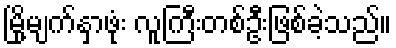
မြို့မျက်နှာဖုံး လူကြီးတစ်ဦးဖြစ်ခဲ့သည်။